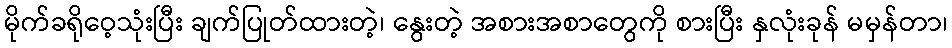
မိုက်ခရိုဝေ့သုံးပြီး ချက်ပြုတ်ထားတဲ့၊ နွေးတဲ့ အစားအစာတွေကို စားပြီး နှလုံးခုန် မမှန်တာ၊